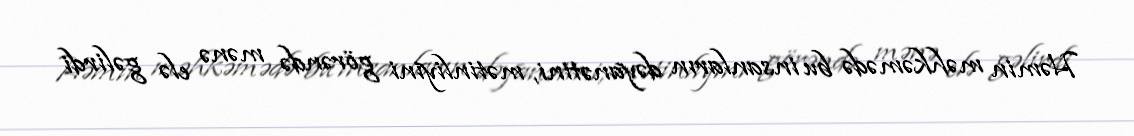
Həmin məhkəmədə bu insanların dəyanətini, mətinliyini görəndə mənə elə gəlirdi